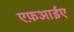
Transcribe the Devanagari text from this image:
एफ़आईए